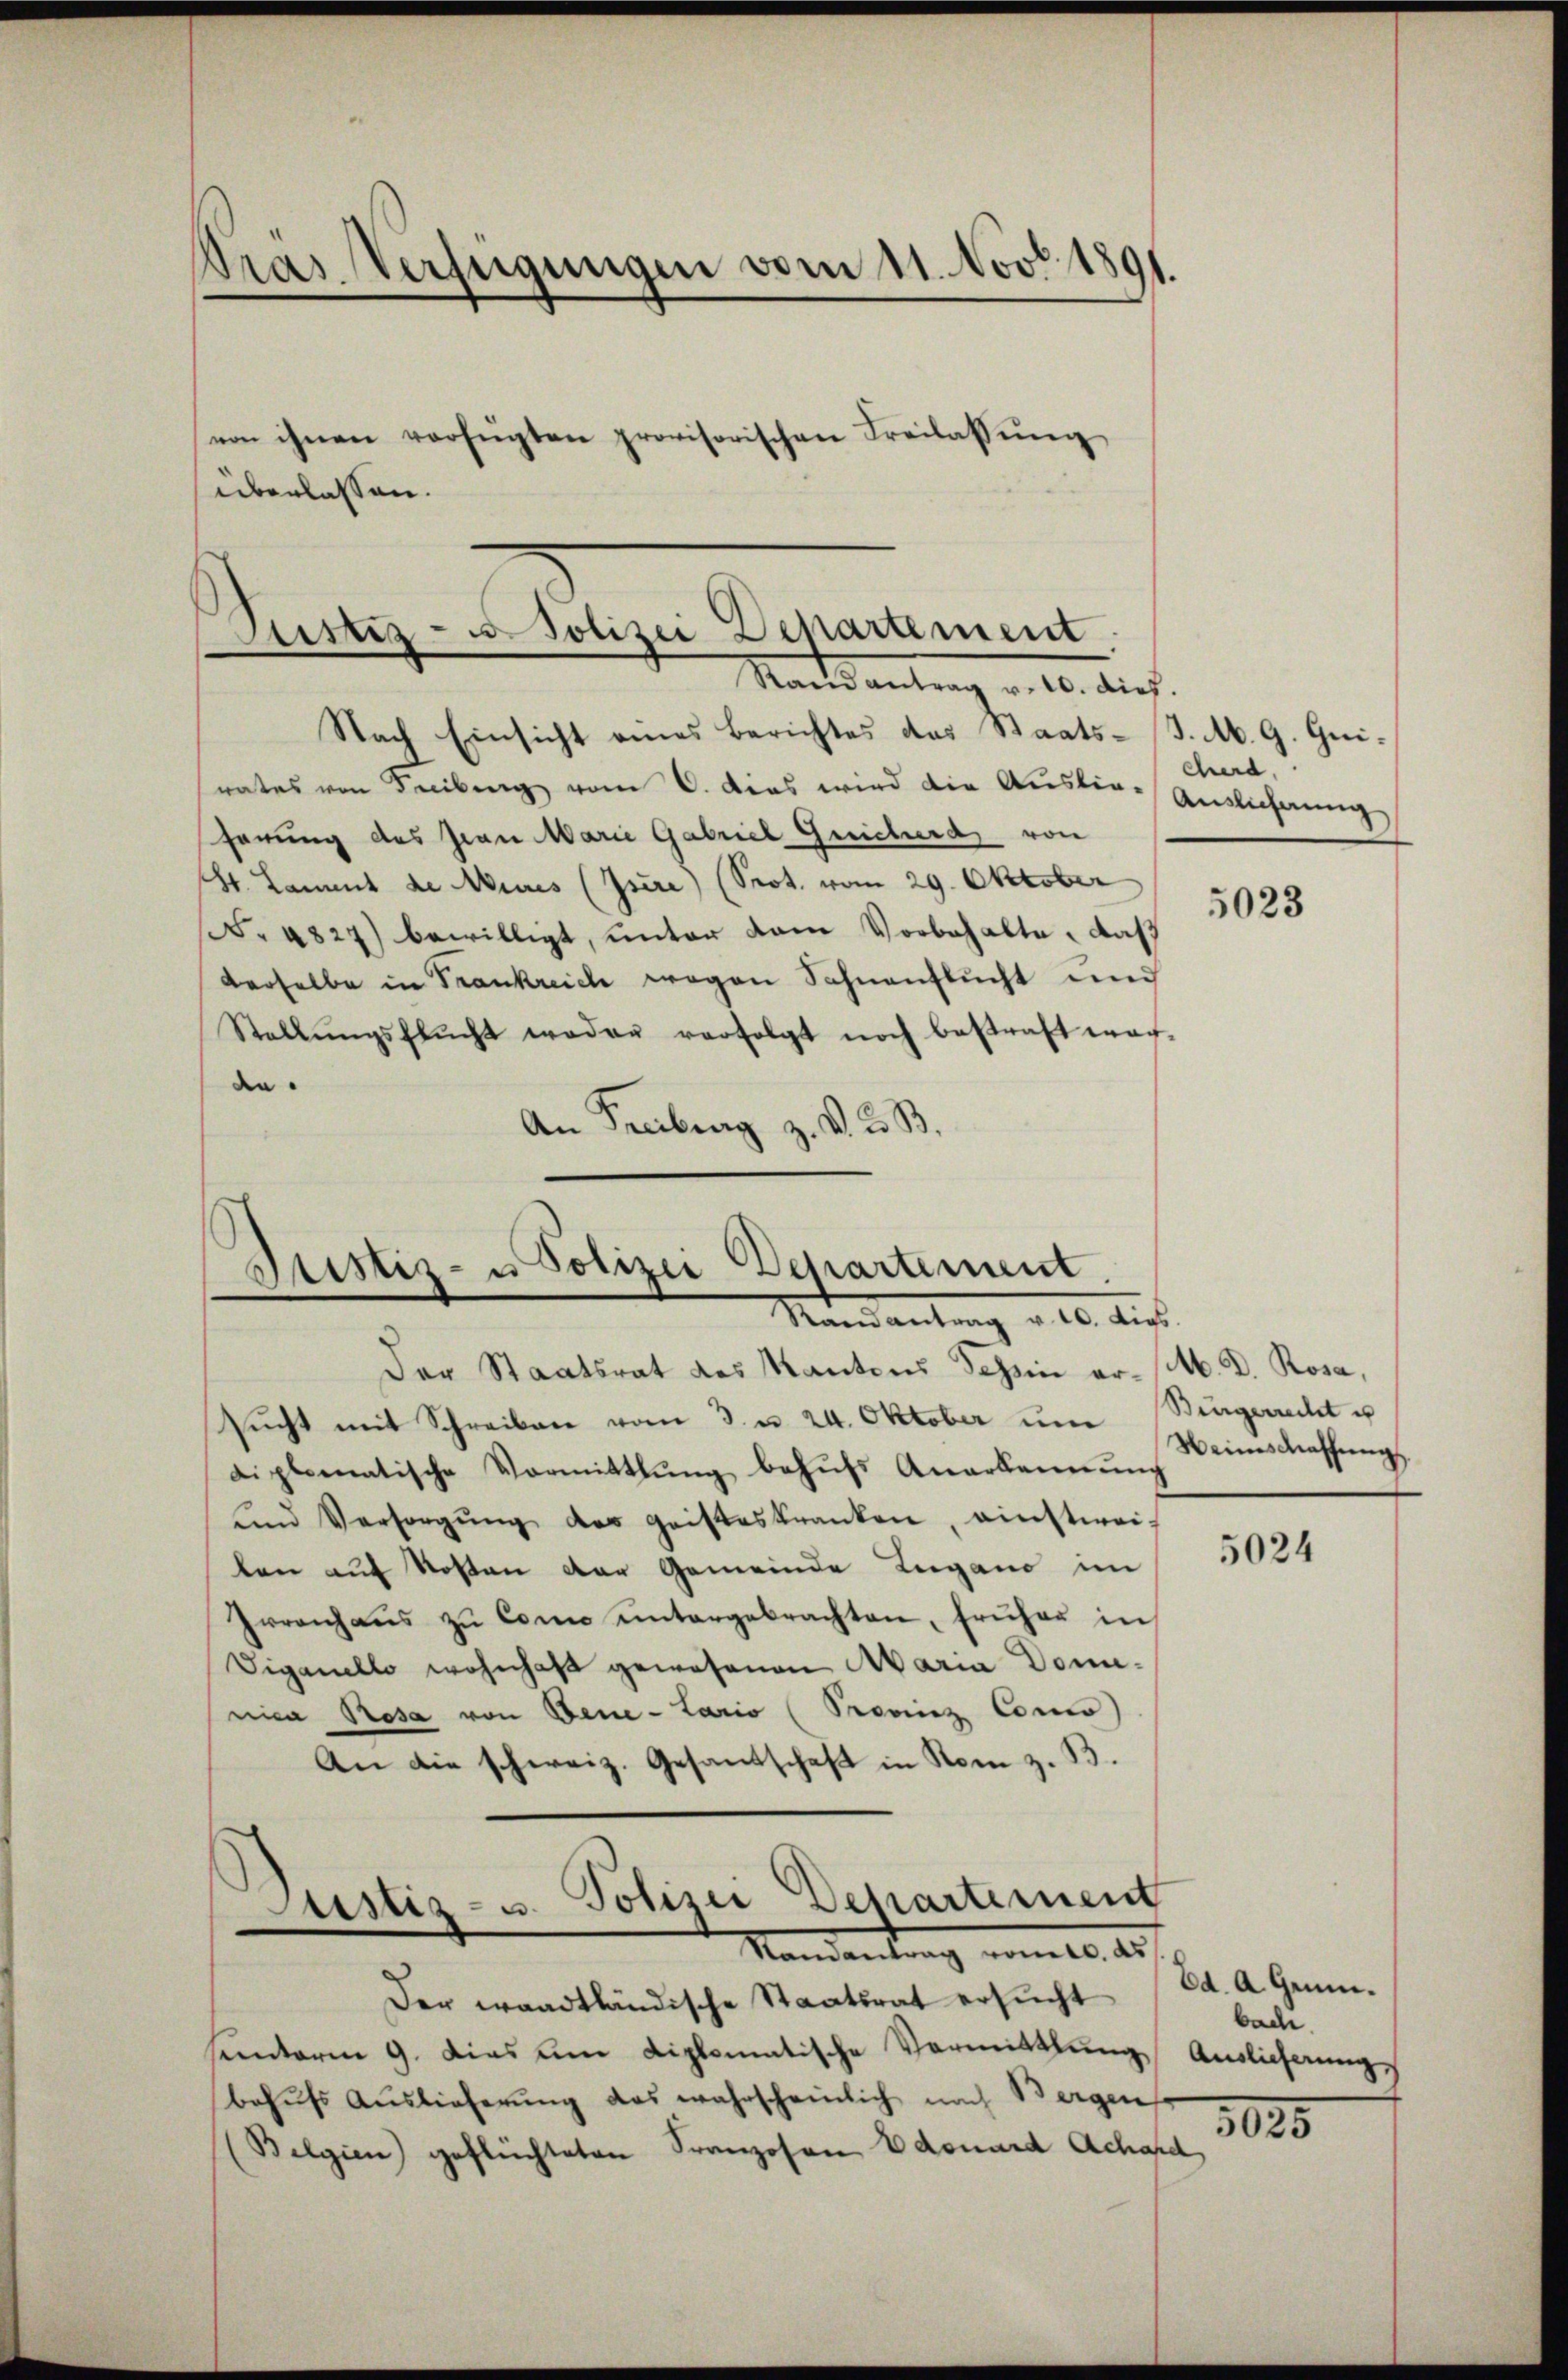
dras Verfügungen vom 11. Nov. 1891.
von ihnen verfügten provisorischen Freilassŭng
überlassen.

Nach Einsicht eines Berichtes das Staats-J. M. G. Greirates von Freiburg vom 6. dies wird die Auslie-Auslichung
ferung des Frau Marie Gabriel Geicherd von
St. Lammt de Mures (Isire) (Srot. vom 29. Oktober
N. 4827) bewilligt, unter dem Vorbehalte, daß
derselbe in Frankreich wegen Sohnenstucht und
Stellŭngsflŭcht weder verfolgt noch bestraft war-
e
An Freiburg z. v. 2. B.

Justiz- u. Polizei Departement
Nachsantrag v. 10. dich.

Justiz- u Polizei Departement
Mandantung d. 10. dies

Der Staatsrat des Kantons Schin er- M. D. Rosa,
sŭcht mit Schreiben vom 3. u. 24. Oktober im Weinschaffŭng
diplomatische Vormittlung behufs Anerkennung
ŭnd Versorgŭng des geisteskranken, einstwei-
len auf Kosten der Gemeinde Lugano im
Irrenhaŭs zŭ Como untergebrachten, früher in
Viganello wohnhaft gewesenen Maria Dominica Presa von Bene-Lario (Provinz Conco
An die schweiz. Gesandschaft in Rom z. B.
Justiz- u. Polizei Departement

Mandantrag mit der

Der waadtländische Staatsrat ersŭcht (Ed. A. Gem
santerm 9. dies um diplomatische Vormittlung Auslieferungs
behufs Auslieferung das wahrscheinlich nach Bergen
(Belgien) geflüchteten Franzosen Edouard Achard,

cherd.

5023

Burgerrecht u

5024

bache.

5025